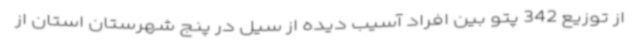
از توزیع 342 پتو بین افراد آسیب دیده از سیل در پنج شهرستان استان از